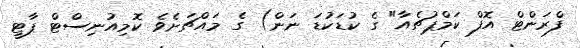
ފްރަންޓް އޮފް ކަމްޕުޗެއާ" ގެ ކުޑަކުޑަ ނަން) ގެ މައްޗަށެވެ ކޮމިއުނިސްޓް ޕާޓީ